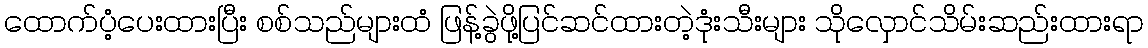
ထောက်ပံ့ပေးထားပြီး စစ်သည်များထံ ဖြန့်ခွဲဖို့ပြင်ဆင်ထားတဲ့ဒုံးသီးများ သိုလှောင်သိမ်းဆည်းထားရာ